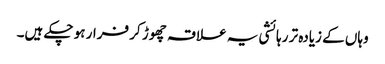
وہاں کے زیادہ تر رہائشی یہ علاقہ چھوڑ کر فرار ہو چکے ہیں۔